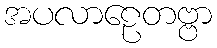
အပလာဠေတဗ္ဗာ